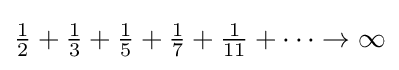
{\tfrac {1}{2}}+{\tfrac {1}{3}}+{\tfrac {1}{5}}+{\tfrac {1}{7}}+{\tfrac {1}{11}}+\cdots \to \infty